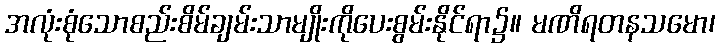
အလုံးစုံသောစည်းစိမ်ချမ်းသာမျိုးကိုပေးစွမ်းနိုင်ရာ၌။ မဏိရတနသမော၊